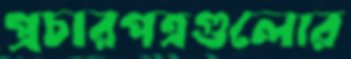
প্রচারপত্রগুলোর